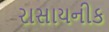
રાસાયનીક